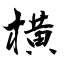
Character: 横